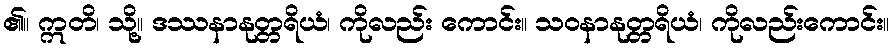
၏။ ဣတိ၊ သို့။ ဒဿနာနုတ္တရိယံ၊ ကိုလည်း ကောင်း။ သဝနာနုတ္တရိယံ၊ ကိုလည်းကောင်း။